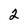
Character: 2